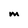
Character: M